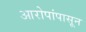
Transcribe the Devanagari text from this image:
आरोपांपासून